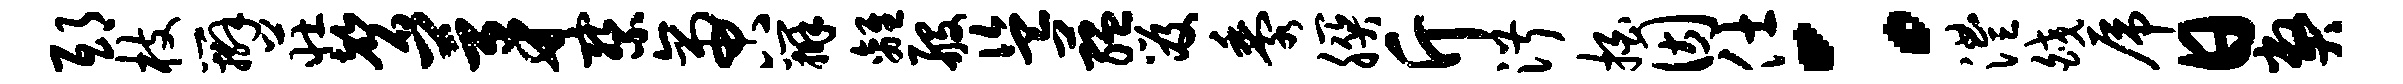
邸枝辫庄磬茅察啻辨离般盗蕴笈黍朕斤淑拍因仕：澧皎虎日弊